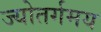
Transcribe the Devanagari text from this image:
ज्योतर्गमय